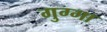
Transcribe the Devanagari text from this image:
गुग्गा